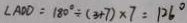
\angle A O D = 1 8 0 ^ { \circ } \div ( 3 + 7 ) \times 7 = 1 2 6 ^ { \circ }